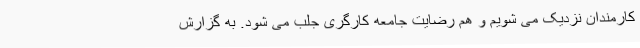
کارمندان نزدیک می شویم و هم رضایت جامعه کارگری جلب می شود. به گزارش